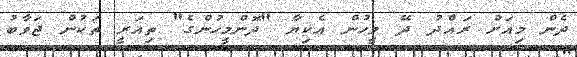
ދެން މިއަށް ރައްދު ދޭ މީހުން އެކިޔާ "ދޮންމީހުންގެ" ތިއަރީ ތަކުން ޖަވާބު